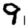
Digit: 9